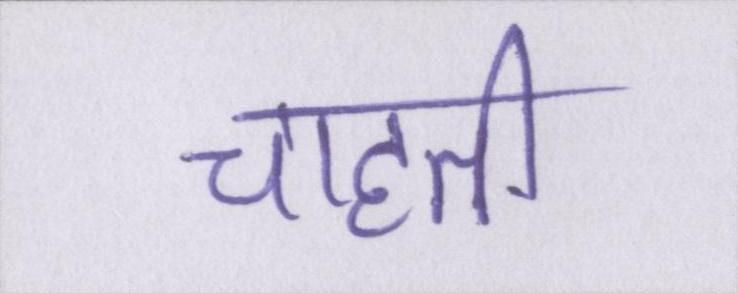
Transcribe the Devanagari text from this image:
चाहती